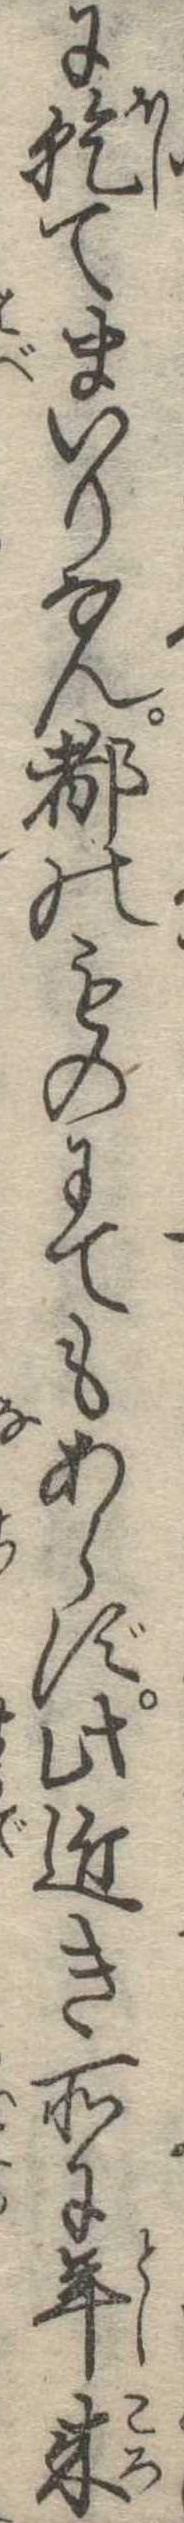
に乾てまいりなん都のものにてもあらず此近き所に年来